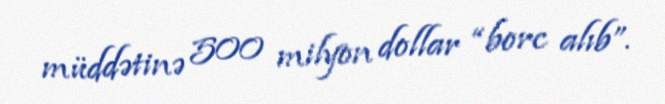
müddətinə 500 milyon dollar “borc alıb”.